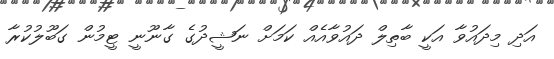
އަދި މިދައުވާ އަކީ ބާތިލް ދައުވާއެއް ކަމަށް ނަޝީދުގެ ގާނޫނީ ޓީމުން ގަބޫލުކުރާ